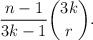
LaTeX: \begin{align*} \frac{n-1}{3k-1}\binom{3k}{r}.\end{align*}